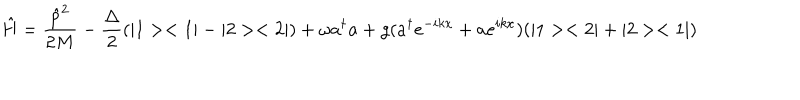
\hat { H } = \frac { \hat { p } ^ { 2 } } { 2 M } - \frac { \Delta } { 2 } ( | 1 > < 1 | - | 2 > < 2 | ) + \omega a ^ { \dagger } a + g ( a ^ { \dagger } e ^ { - i k x } + a e ^ { i k x } ) ( | 1 > < 2 | + | 2 > < 1 | )